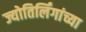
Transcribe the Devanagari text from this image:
ज्योतिर्लिंगांच्या